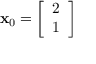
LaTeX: \mathbf { x } _ { 0 } = { \left[ \begin{array} { l } { 2 } \\ { 1 } \end{array} \right] }